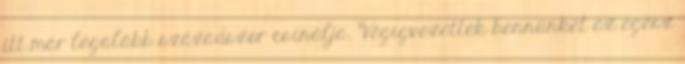
itt már legalább századszor csinálja. Végigvezettek bennünket az egész